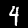
Label: 4